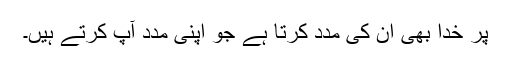
پر خدا بھی ان کی مدد کرتا ہے جو اپنی مدد آپ کرتے ہیں۔